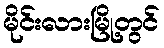
မိုင်းလားမြို့တွင်